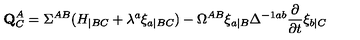
{ \bf Q } _ { C } ^ { A } = \Sigma ^ { A B } ( H _ { | B C } + \lambda ^ { a } \xi _ { a | B C } ) - \Omega ^ { A B } \xi _ { a | B } \Delta ^ { - 1 a b } { \frac { \partial } { \partial t } } \xi _ { b | C }